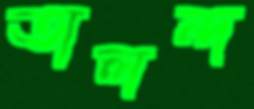
তালন্দ